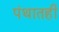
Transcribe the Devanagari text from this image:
पंथातही